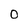
Character: 0